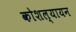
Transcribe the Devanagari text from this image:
कोशल्यायन